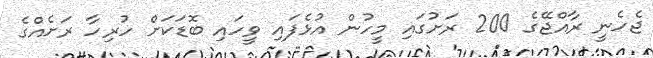
ޖެހެނީ ރާއްޖޭގެ 200 ރަށުގައި މީހުން އުޅެފައި ވީހައި ބޮޑަކަށް ހުރިހާ ރަށެއްގެ